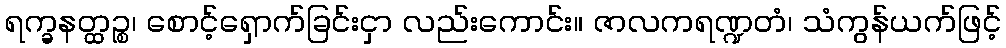
ရက္ခနတ္ထဉ္စ၊ စောင့်ရှောက်ခြင်းငှာ လည်းကောင်း။ ဇာလကရဏ္ဍတံ၊ သံကွန်ယက်ဖြင့်